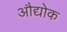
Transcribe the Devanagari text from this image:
औद्योक